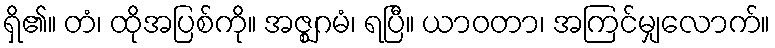
ရှိ၏။ တံ၊ ထိုအပြစ်ကို။ အဇ္ဈဂမံ၊ ရပြီ။ ယာဝတာ၊ အကြင်မျှလောက်။